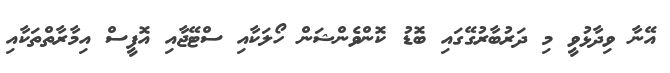
އޭނާ ވިދާޅުވީ މި ދަރުބާރުގޭގައި ބޮޑު ކޮންވެންޝަން ހޯލަކާއި ސްޓޭޖާއި އޮފީސް އިމާރާތްތަކާއި